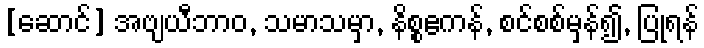
[ဆောင်] အဗျယီဘာဝ, သမာသမှာ, နိစ္စဧကန်, စင်စစ်မှန်၍, ပြုရန်